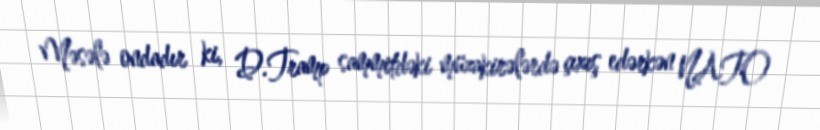
Məsələ ondadır ki, D.Tramp sammitdəki müzakirələrdə çıxış edərkən NATO